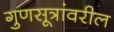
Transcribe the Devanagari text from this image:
गुणसूत्रांवरील